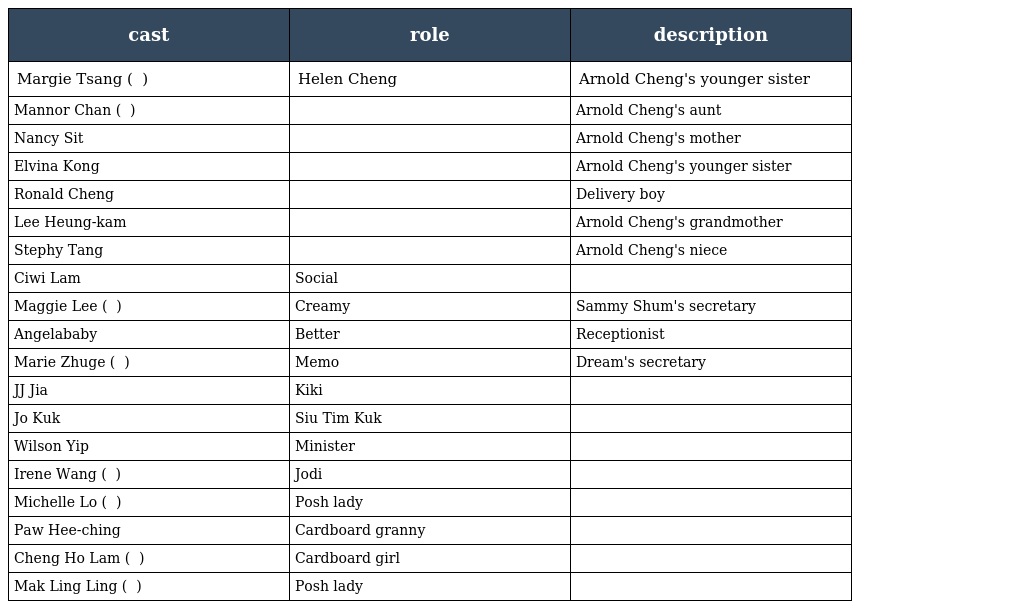
| cast | role | description |
 | --- | --- | --- |
 | Margie Tsang ( 曾華倩 ) | Helen Cheng | Arnold Cheng's younger sister |
 | Mannor Chan ( 陳曼娜 ) |  | Arnold Cheng's aunt |
 | Nancy Sit |  | Arnold Cheng's mother |
 | Elvina Kong |  | Arnold Cheng's younger sister |
 | Ronald Cheng |  | Delivery boy |
 | Lee Heung-kam |  | Arnold Cheng's grandmother |
 | Stephy Tang |  | Arnold Cheng's niece |
 | Ciwi Lam | Social |  |
 | Maggie Lee ( 李曼筠 ) | Creamy | Sammy Shum's secretary |
 | Angelababy | Better | Receptionist |
 | Marie Zhuge ( 諸葛梓歧 ) | Memo | Dream's secretary |
 | JJ Jia | Kiki |  |
 | Jo Kuk | Siu Tim Kuk 小甜谷 |  |
 | Wilson Yip | Minister 神父 |  |
 | Irene Wang ( 汪圓圓 ) | Jodi |  |
 | Michelle Lo ( 盧覓雪 ) | Posh lady 闊太太 |  |
 | Paw Hee-ching | Cardboard granny 紙皮婆婆 |  |
 | Cheng Ho Lam ( 鄭可琳 ) | Cardboard girl 紙皮妹妹 |  |
 | Mak Ling Ling ( 麥玲玲 ) | Posh lady 闊太太 |  |